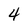
Character: 4